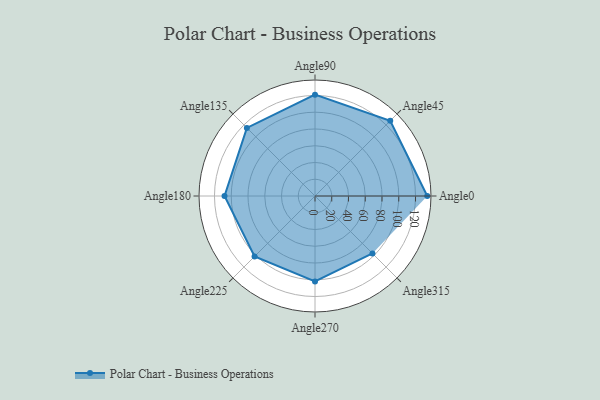
{"axis": {"x": "Angle", "y": "Radius"}, "legend": [""], "data": [{"x": "Angle0", "y": 134.0, "type": ""}, {"x": "Angle45", "y": 127.0, "type": ""}, {"x": "Angle90", "y": 121.0, "type": ""}, {"x": "Angle135", "y": 115.0, "type": ""}, {"x": "Angle180", "y": 108.0, "type": ""}, {"x": "Angle225", "y": 102.0, "type": ""}, {"x": "Angle270", "y": 102.0, "type": ""}, {"x": "Angle315", "y": 97.0, "type": ""}]}